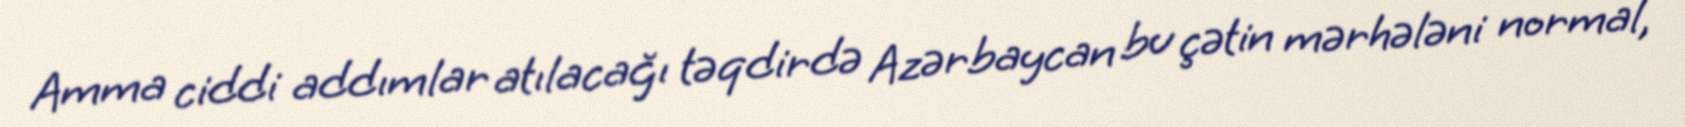
Amma ciddi addımlar atılacağı təqdirdə Azərbaycan bu çətin mərhələni normal,